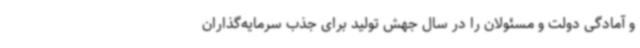
و آمادگی دولت و مسئولان را در سال جهش تولید برای جذب سرمایه‌گذاران